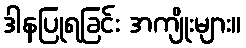
ဒါနပြုရခြင်း အကျိုးများ။